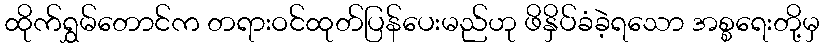
ထိုက်ရွှမ်တောင်က တရားဝင်ထုတ်ပြန်ပေးမည်ဟု ဖိနှိပ်ခံခဲ့ရသော အစ္စရေးတို့မှ